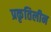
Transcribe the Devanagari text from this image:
प्रकृतिलीन